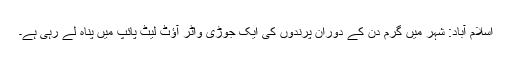
اسلام آباد: شہر میں گرم دن کے دوران پرندوں کی ایک جوڑی واٹر آؤٹ لیٹ پائپ میں پناہ لے رہی ہے۔